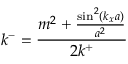
k ^ { - } = \frac { m ^ { 2 } + \frac { \sin ^ { 2 } ( k _ { x } a ) } { a ^ { 2 } } } { 2 k ^ { + } }